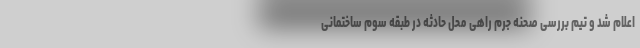
اعلام شد و تیم بررسی صحنه جرم راهی محل حادثه در طبقه سوم ساختمانی